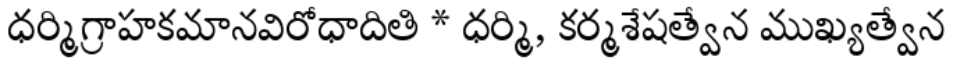
ధర్మిగ్రాహకమానవిరోధాదితి * ధర్మి, కర్మశేషత్వేన ముఖ్యత్వేన